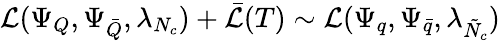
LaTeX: {\cal L}(\Psi_{Q},\Psi_{\bar{Q}},\lambda_{N_{c}})+\bar{{\cal L}}(T)\sim{\cal L}(\Psi_{q},\Psi_{\bar{q}},\lambda_{\tilde{N}_{c}})